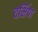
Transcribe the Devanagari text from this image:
दर्क्षिण